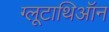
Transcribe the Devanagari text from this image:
ग्लूटाथिऑन